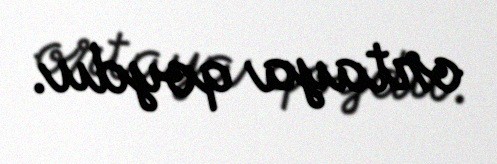
ortaya qoydu.